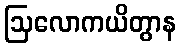
ဩလောကယိတွာန